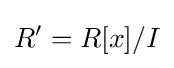
R'=R[x]/I